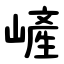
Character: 嵼